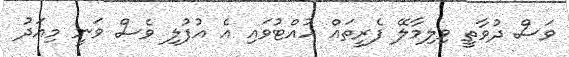
ވަސް ދުވާތީ ވިލިމާލޭ ފެރީތައް ހުއްޓުވައި އެ އުފުލި ވެސް ވަނީ މިއަދު